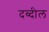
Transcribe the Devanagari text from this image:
दब्दील